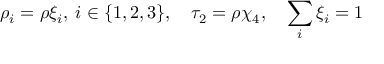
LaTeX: \rho _ { i } = \rho \xi _ { i } , \: i \in \{ 1 , 2 , 3 \} , \quad \tau _ { 2 } = \rho \chi _ { 4 } , \quad \sum _ { i } \xi _ { i } = 1